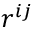
r ^ { i j }